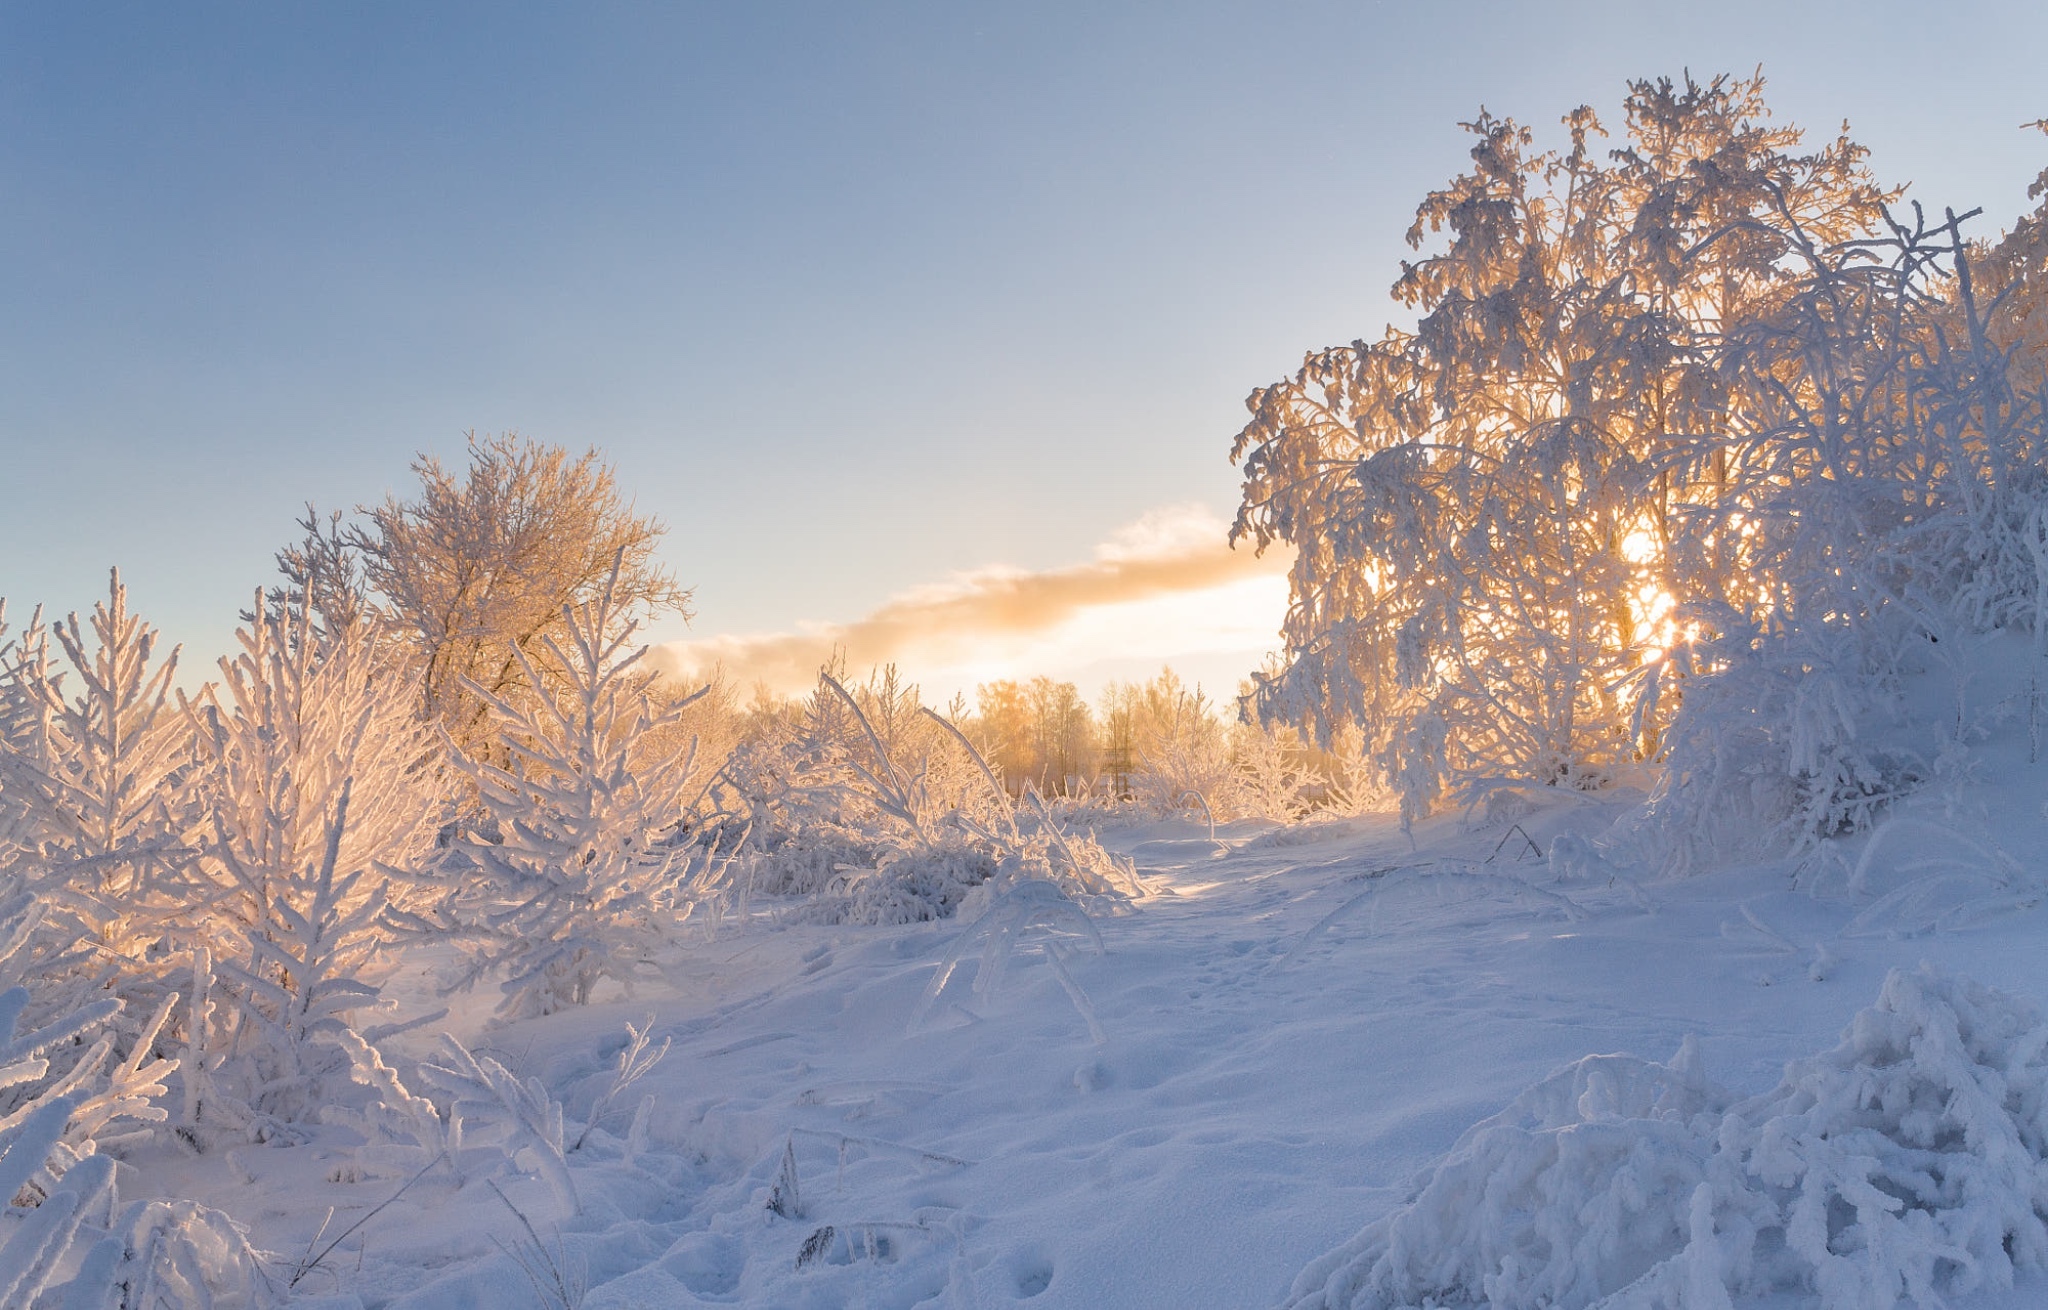
只知逐胜忽忘寒，小立春风夕照间。